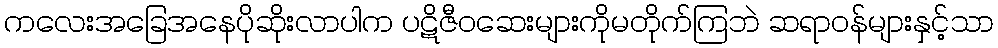
ကလေးအခြေအနေပိုဆိုးလာပါက ပဋိဇီဝဆေးများကိုမတိုက်ကြဘဲ ဆရာဝန်များနှင့်သာ